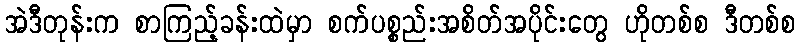
အဲဒီတုန်းက စာကြည့်ခန်းထဲမှာ စက်ပစ္စည်းအစိတ်အပိုင်းတွေ ဟိုတစ်စ ဒီတစ်စ